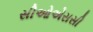
સીઓએસસી